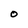
Character: O